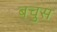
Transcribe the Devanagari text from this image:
बचुस